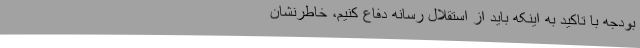
بودجه با تاکید به اینکه باید از استقلال رسانه دفاع کنیم، خاطرنشان